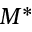
M ^ { * }